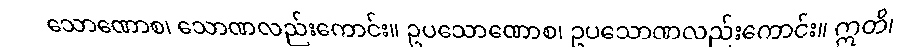
သောဏောစ၊ သောဏလည်းကောင်း။ ဥပသောဏောစ၊ ဥပသောဏလည်းကောင်း။ ဣတိ၊